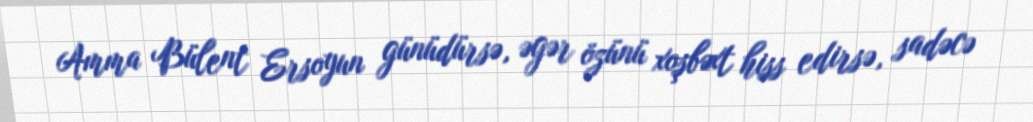
Amma Bülent Ersoyun günüdürsə, əgər özünü xoşbəxt hiss edirsə, sadəcə